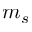
m _ { s }